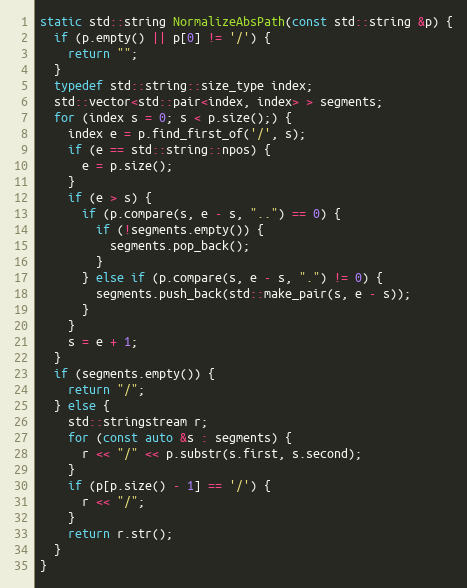
Language: C++
static std::string NormalizeAbsPath(const std::string &p) {
  if (p.empty() || p[0] != '/') {
    return "";
  }
  typedef std::string::size_type index;
  std::vector<std::pair<index, index> > segments;
  for (index s = 0; s < p.size();) {
    index e = p.find_first_of('/', s);
    if (e == std::string::npos) {
      e = p.size();
    }
    if (e > s) {
      if (p.compare(s, e - s, "..") == 0) {
        if (!segments.empty()) {
          segments.pop_back();
        }
      } else if (p.compare(s, e - s, ".") != 0) {
        segments.push_back(std::make_pair(s, e - s));
      }
    }
    s = e + 1;
  }
  if (segments.empty()) {
    return "/";
  } else {
    std::stringstream r;
    for (const auto &s : segments) {
      r << "/" << p.substr(s.first, s.second);
    }
    if (p[p.size() - 1] == '/') {
      r << "/";
    }
    return r.str();
  }
}